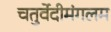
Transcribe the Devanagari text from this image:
चतुर्वेदीमंगलम